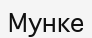
Мунке